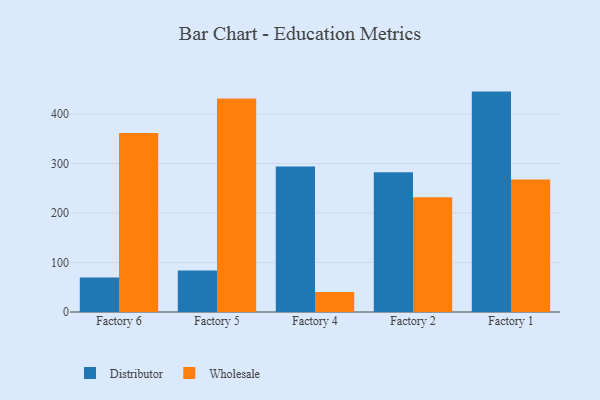
{"axis": {"x": "Factory", "y": "Bounce Rate (%)"}, "legend": ["Distributor", "Wholesale"], "data": [{"x": "Factory 6", "y": 69.5, "type": "Distributor"}, {"x": "Factory 6", "y": 361.6, "type": "Wholesale"}, {"x": "Factory 5", "y": 83.8, "type": "Distributor"}, {"x": "Factory 5", "y": 431.2, "type": "Wholesale"}, {"x": "Factory 4", "y": 294.2, "type": "Distributor"}, {"x": "Factory 4", "y": 40.4, "type": "Wholesale"}, {"x": "Factory 2", "y": 282.5, "type": "Distributor"}, {"x": "Factory 2", "y": 231.9, "type": "Wholesale"}, {"x": "Factory 1", "y": 445.3, "type": "Distributor"}, {"x": "Factory 1", "y": 267.6, "type": "Wholesale"}]}